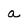
Character: a